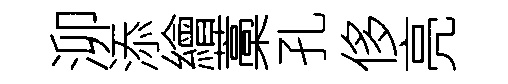
泖添繪藁孔侈亮